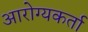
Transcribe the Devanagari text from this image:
आरोग्यकर्ता